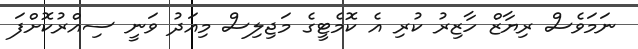
ނަމަވެސް ރިޔާޒް ހާޒިރު ކުރި އެ ކޮމެޓީގެ މަޖިލިސް މިއަދު ވަނީ ސިއްރުކޮށްފަ